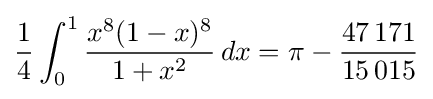
{\frac {1}{4}}\int _{0}^{1}{\frac {x^{8}(1-x)^{8}}{1+x^{2}}}\,dx=\pi -{\frac {47\,171}{15\,015}}